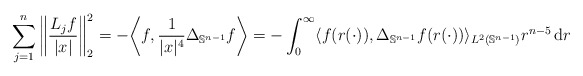
\begin{align*}\sum_{j=1}^n \bigg\|\frac{L_j f}{|x|} \bigg\|_{2}^2 = - \bigg\langle f , \frac{1}{|x|^4} \Delta_{\mathbb{S}^{n-1}} f \bigg\rangle = -\int_0^\infty \langle f(r(\cdot)) , \Delta_{\mathbb{S}^{n-1}} f(r(\cdot)) \rangle_{L^2(\mathbb{S}^{n-1})} r^{n-5} \, \mathrm{d}r \\\end{align*}